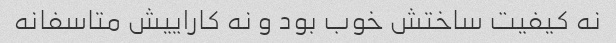
نه کیفیت ساختش خوب بود و نه کاراییش متاسفانه